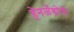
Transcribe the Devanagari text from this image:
हेनजेंडोर्फ